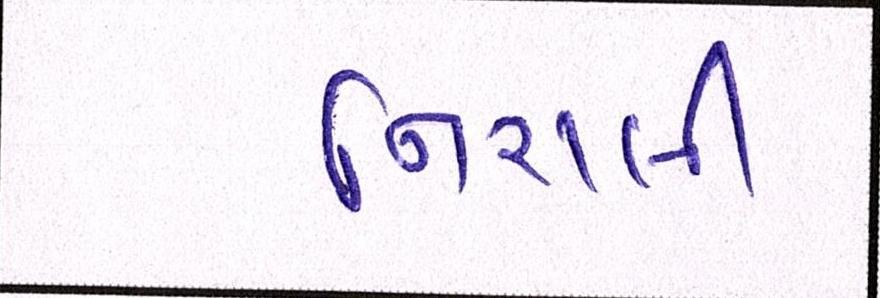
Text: નિરાલી